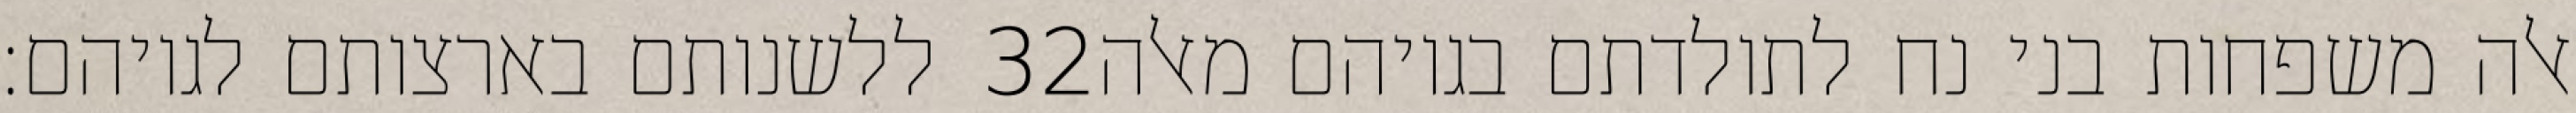
ללשנותם בארצותם לגויהם׃ ‎32‏ אלה משפחות בני נח לתולדתם בגויהם מאלה